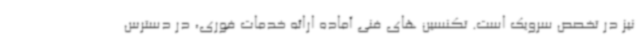
نیز در تخصص سرویک است. تکنسین های فنی آماده ارائه خدمات فوری، در دسترس